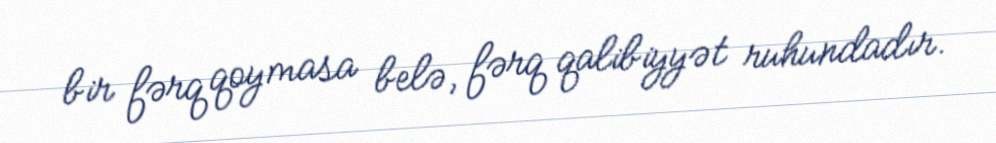
bir fərq qoymasa belə, fərq qalibiyyət ruhundadır.